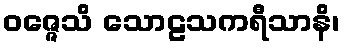
ဝဇ္ဇေသိ သောဠသကရီသာနိ၊